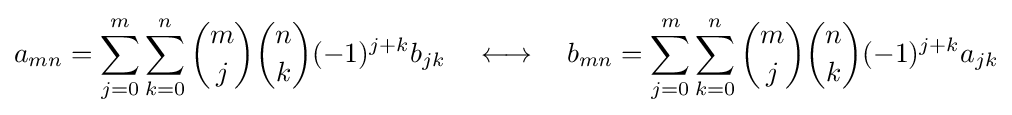
a_{mn}=\sum _{j=0}^{m}\sum _{k=0}^{n}{\binom {m}{j}}{\binom {n}{k}}(-1)^{j+k}b_{jk}\quad \longleftrightarrow \quad b_{mn}=\sum _{j=0}^{m}\sum _{k=0}^{n}{\binom {m}{j}}{\binom {n}{k}}(-1)^{j+k}a_{jk}